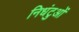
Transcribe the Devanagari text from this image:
निधंटुओं